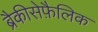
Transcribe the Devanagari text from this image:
ब्रैकीसेफ़ैलिक